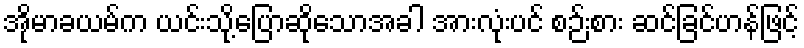
အိုမာခယမ်က ယင်းသို့ပြောဆိုသောအခါ အားလုံးပင် စဉ်းစား ဆင်ခြင်ဟန်ဖြင့်